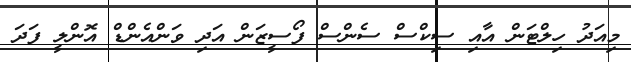
މިއަދު ހިލްޓަން އާއި ސިކްސް ސެންސް ފޯސީޒަން އަދި ވަންއެންޑް އޮންލީ ފަދަ